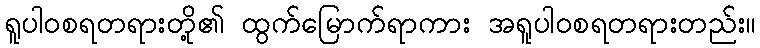
ရူပါဝစရတရားတို့၏ ထွက်မြောက်ရာကား အရူပါဝစရတရားတည်း။